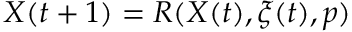
X ( t + 1 ) = R ( X ( t ) , \xi ( t ) , p )